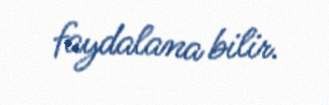
faydalana bilir.